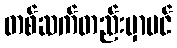
တစ်ဆက်တည်းမှာပင်